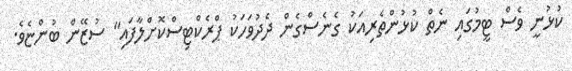
ކުޅުނީ ވެސް ޓީމުގައި ނެތް ކުޅުންތެރިއަކު ގެނެސްގެން ދެދުވަހަކު ޕްރެކްޓިސްކޮށްލާފައި" ސުޒޭން ބުންޏެވެ.